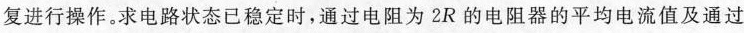
复进行操作。求电路状态已稳定时，通过电阻为2R的电阻器的平均电流值及通过